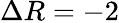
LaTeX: \Delta R=-2